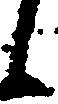
候